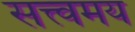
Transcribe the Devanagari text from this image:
सत्त्वमय